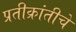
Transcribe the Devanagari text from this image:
प्रतीक्रांतीचे